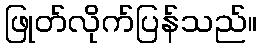
ဖြုတ်လိုက်ပြန်သည်။